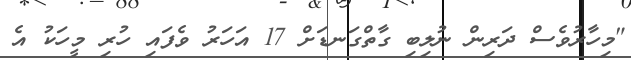
"މިހާރުވެސް ދަރިން ނުލިބި ގާތްގަނޑަށް 17 އަހަރު ވެފައި ހުރި މީހަކު އެ